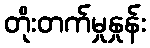
တိုးတက်မှုနှုန်း